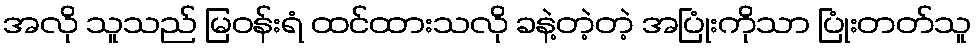
အလို သူသည် မြဝန်းရံ ထင်ထားသလို ခနဲ့တဲ့တဲ့ အပြုံးကိုသာ ပြုံးတတ်သူ